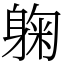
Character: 躹